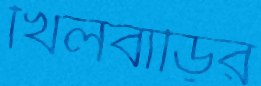
খিলবাড়ির